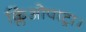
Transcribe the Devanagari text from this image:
क्लिओपाट्रा।